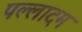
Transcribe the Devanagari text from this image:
पल्लादम